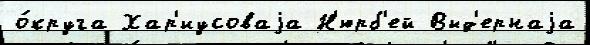
о́круга Хар'иусоваjа Н'юрб'ей Выд'ернаjа